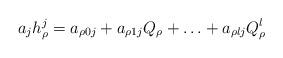
LaTeX: \begin{align*}a_jh_\rho^j=a_{\rho 0j}+a_{\rho 1j}Q_\rho+\ldots+a_{\rho lj}Q_\rho^l\end{align*}